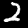
Digit: 2